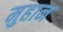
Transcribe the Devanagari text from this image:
मुहान